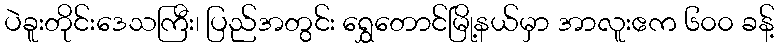
ပဲခူးတိုင်းဒေသကြီး၊ ပြည်အတွင်း ရွှေတောင်မြို့နယ်မှာ အာလူးဧက ၆၀၀ ခန့်